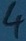
Text: 4